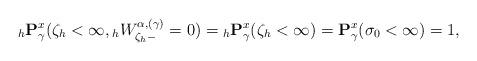
LaTeX: \begin{align*}{}_h\mathbf{P}_{\gamma}^x(\zeta_h<\infty, {}_hW^{\alpha,(\gamma)}_{\zeta_h-}=0)={}_h\mathbf{P}_{\gamma}^x(\zeta_h<\infty)=\mathbf{P}^x_\gamma(\sigma_0<\infty)=1,\end{align*}